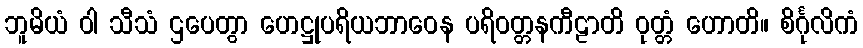
ဘူမိယံ ဝါ သီသံ ဌပေတွာ ဟေဋ္ဌုပရိယဘာဝေန ပရိဝတ္တနကီဠာတိ ဝုတ္တံ ဟောတိ။ စိင်္ဂုလိကံ